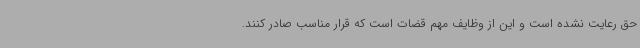
حق رعایت نشده است و این از وظایف مهم قضات است که قرار مناسب صادر کنند.